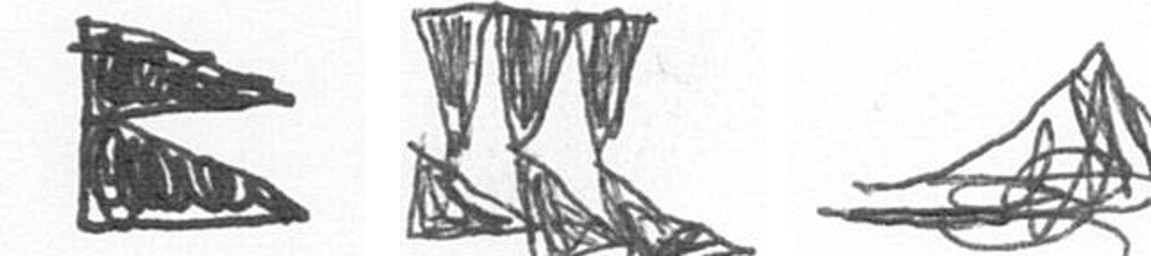
P D O